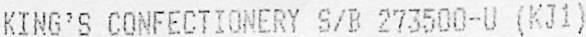
KING'S CONFECTIONERY S/B 273500-U (KJ1)